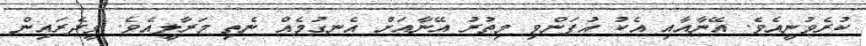
ކުރެވުނީއެވެ. އޭނާއާއި އެކު އުފަންވި މިތުރު އޭނާއަށް އެނގުމެއް ނެތި މަރާލީއެވެ. ވީދެރައިން